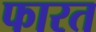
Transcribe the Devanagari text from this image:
फारत